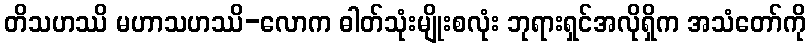
တိသဟဿိ မဟာသဟဿိ-လောက ဓါတ်သုံးမျိုးစလုံး ဘုရားရှင်အလိုရှိက အသံတော်ကို